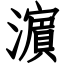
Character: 濵